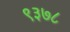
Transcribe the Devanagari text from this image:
९३७८